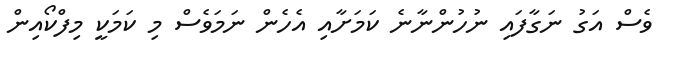
ވެސް އަގު ނަގާފައި ނުހުންނާނެ ކަމަށާއި އެހެން ނަމަވެސް މި ކަމަކީ މިފްކޯއިން